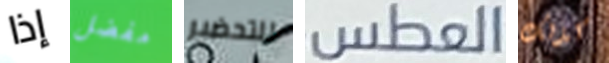
إذا مفضل للتحضير العطس كذلك